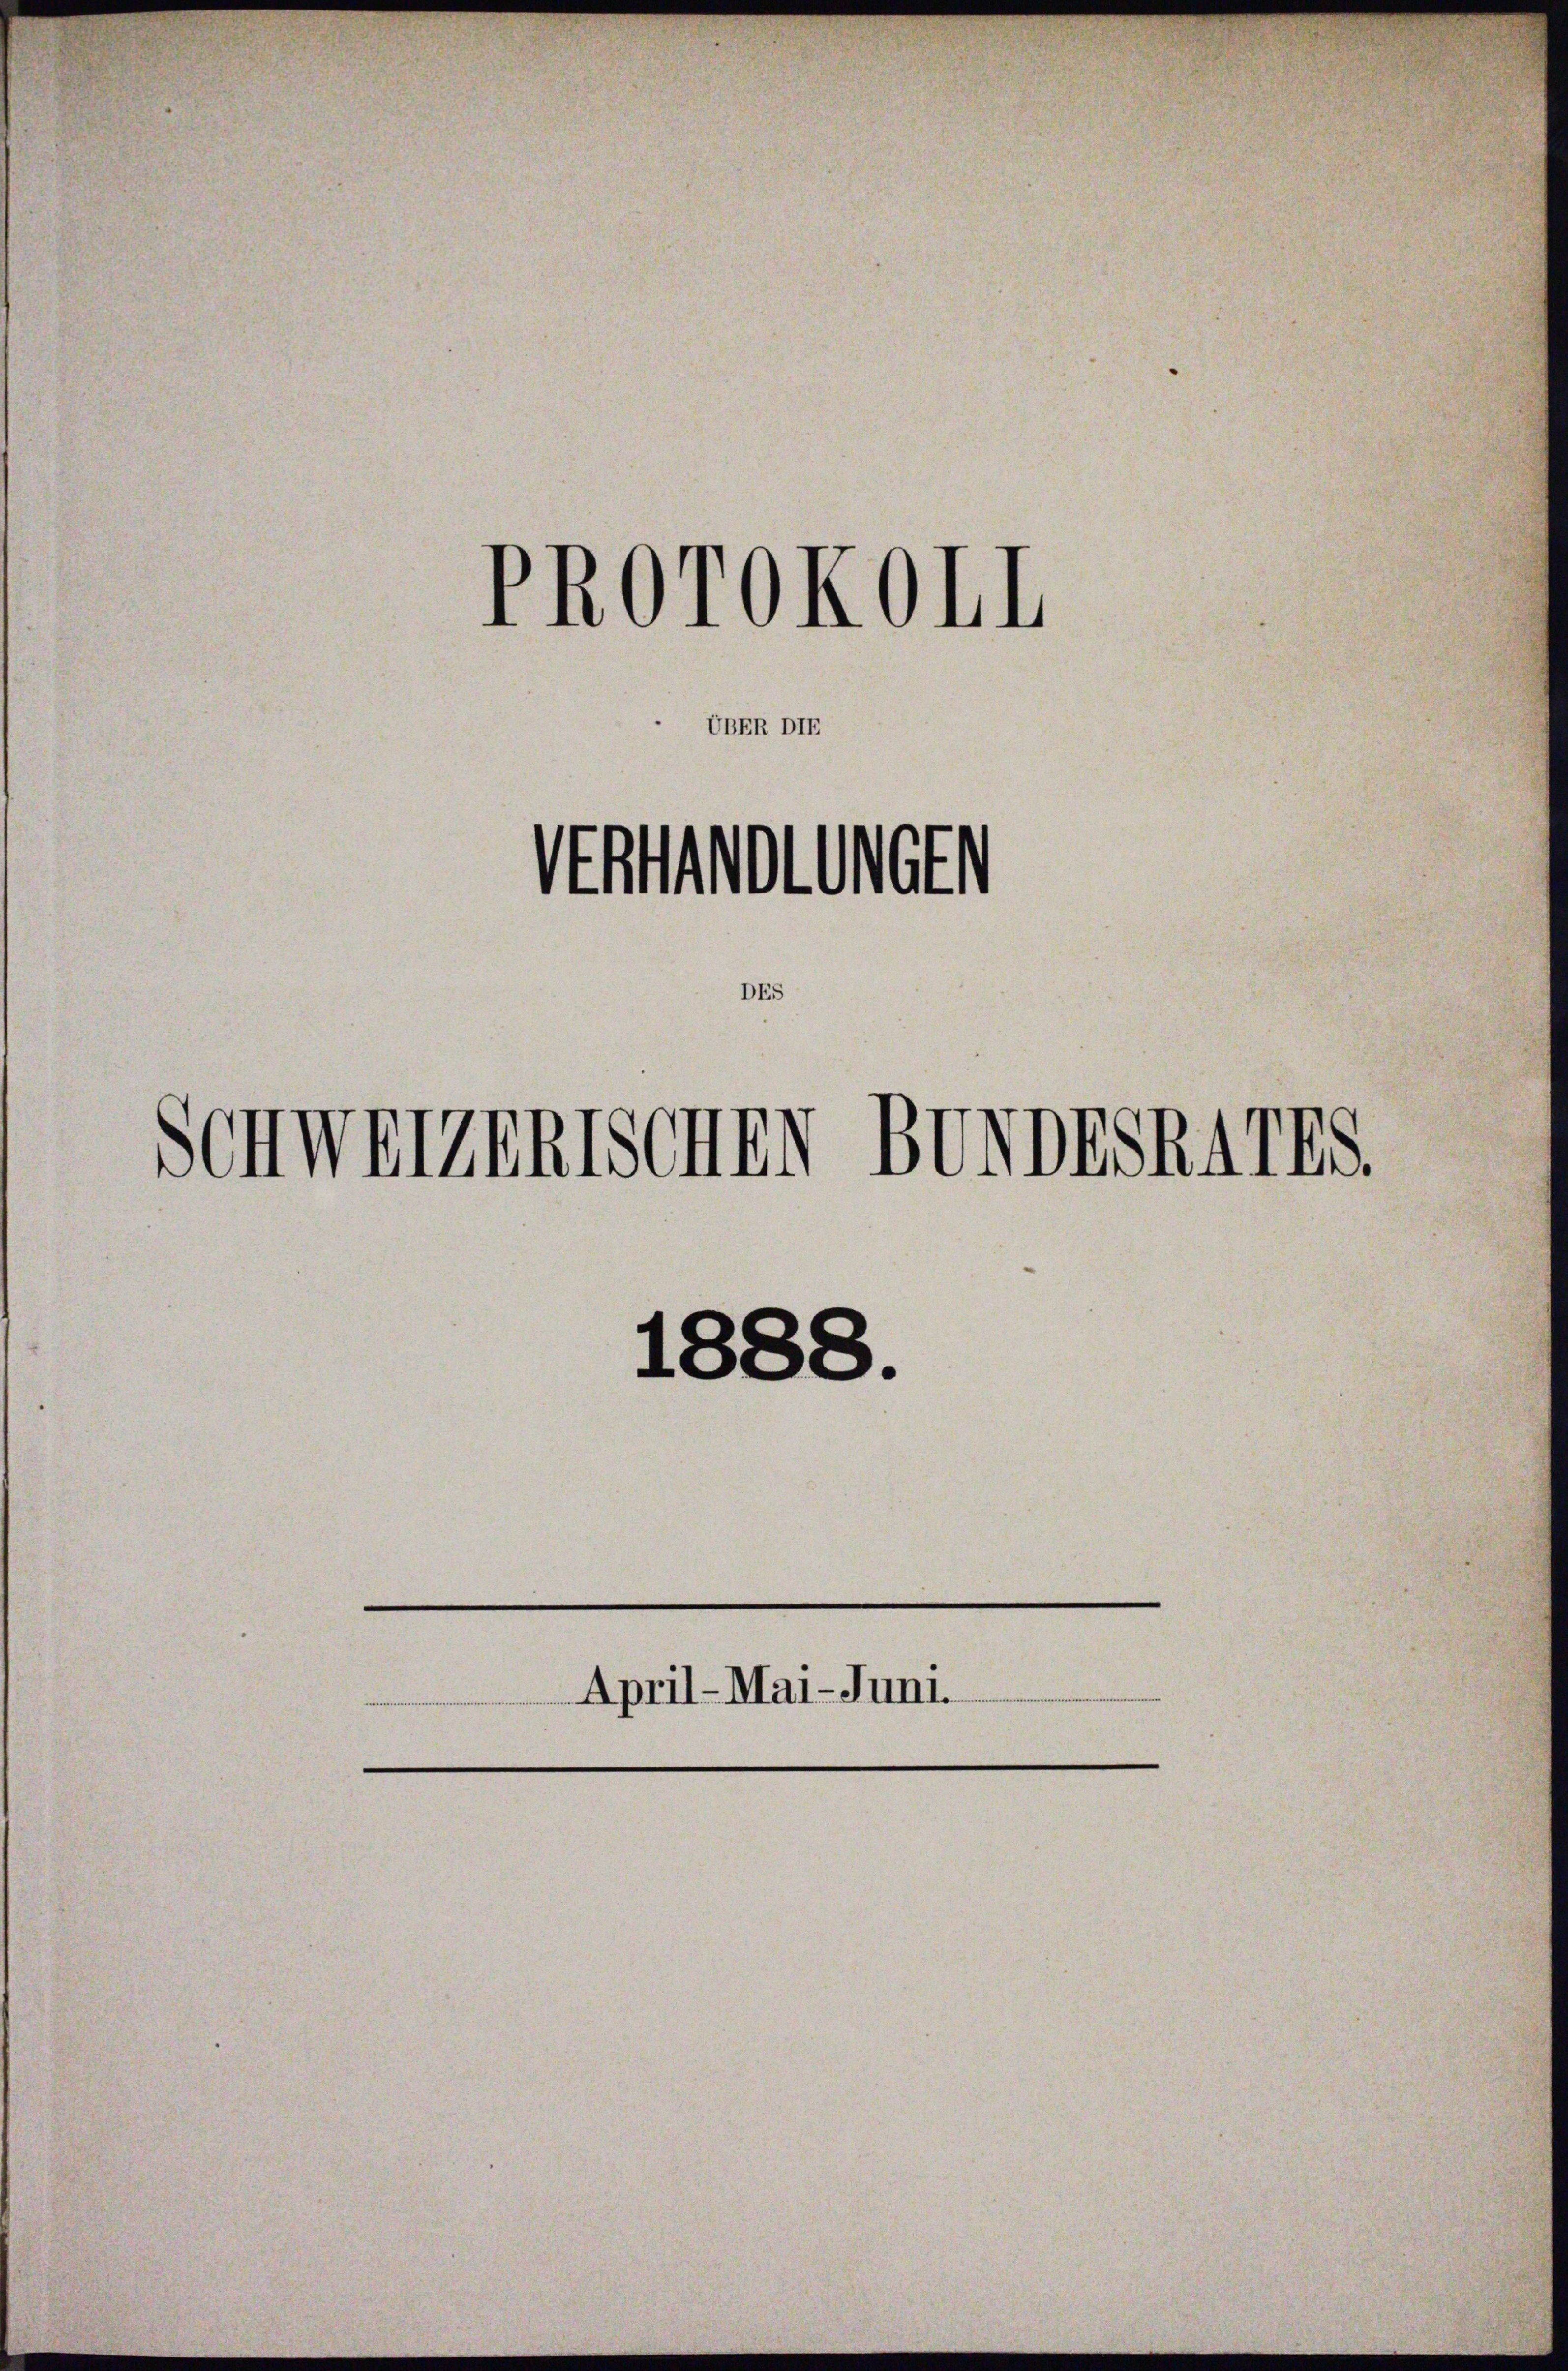
)
PROTOKOLI

UBER

Stollen
Schweizentschen BUNDESRATES.
1888.
April-Mai- Juni.
e